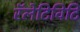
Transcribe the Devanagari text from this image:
रॅलेटिविटि